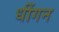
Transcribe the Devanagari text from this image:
धींगन